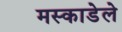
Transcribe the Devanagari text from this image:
मस्काडेले